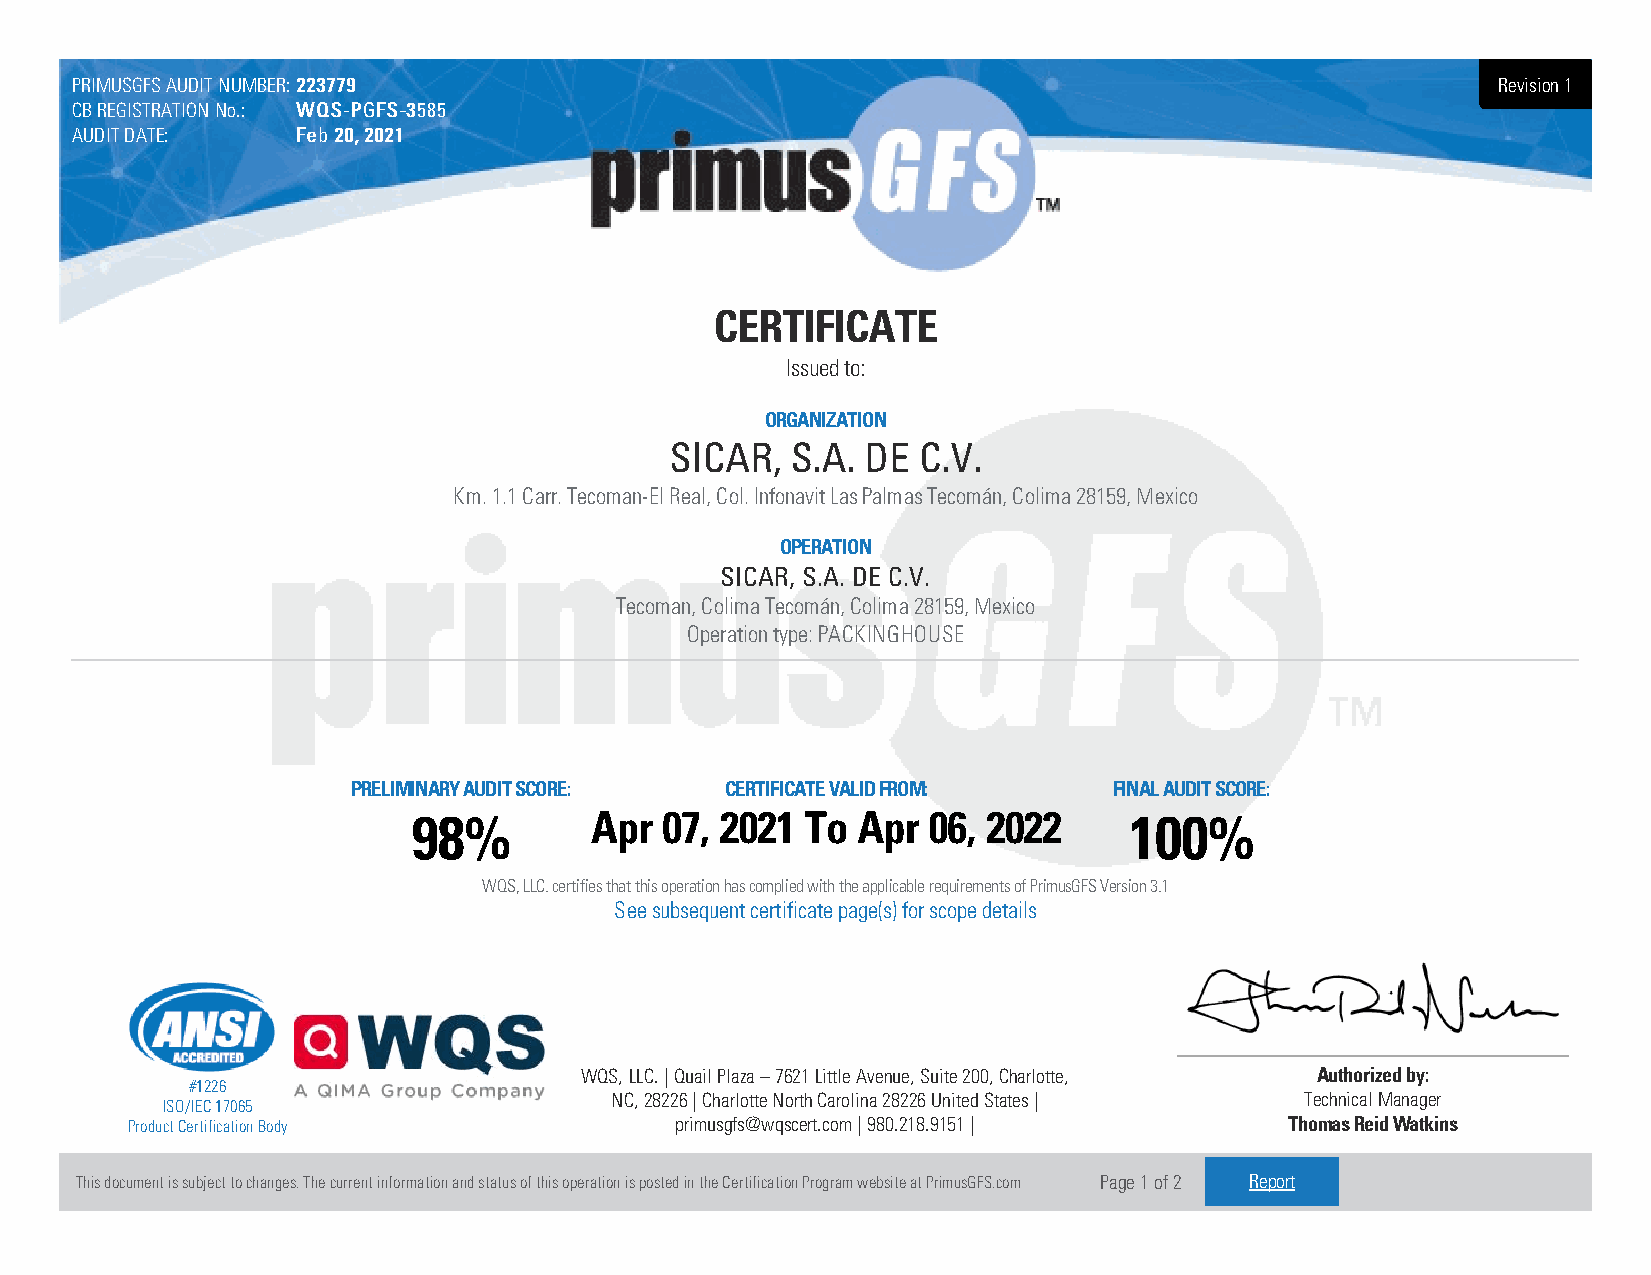
PRIMUSGFS AUDIT NUMBER: 222233777799                                                          Revision 1
 CB REGISTRATION No.: WWQQSS--PPGGFFSS--33558855
 AUDIT DATE:    FFeebb 2200,, 22002211
 CERTIFICATE
 Issued to:
 ORGANIZATION
 SICAR,  S.A. DE  C.V.
 Km. 1.1 Carr. Tecoman-El Real, Col. Infonavit Las Palmas Tecomán, Colima 28159, Mexico
 OPERATION
 SICAR, S.A. DE C.V.
 Tecoman, Colima Tecomán, Colima 28159, Mexico
 Operation type: PACKINGHOUSE
 PRELIMINARY AUDIT SCORE: CERTIFICATE VALID FROM:   FINAL AUDIT SCORE:
 98%         Apr  07, 2021 To  Apr 06, 2022      100%
 WQS, LLC. certifies that this operation has complied with the applicable requirements of PrimusGFS Version 3.1
 See subsequent certificate page(s) for scope details
 WQS, LLC. | Quail Plaza – 7621 Little Avenue, Suite 200, Charlotte, Authorized by:
 #1226
 NC, 28226 | Charlotte North Carolina 28226 United States | Technical Manager
 ISO/IEC 17065
 Product Certification Body           primusgfs@wqscert.com | 980.218.9151 |  Thomas Reid Watkins
 This document is subject to changes. The current information and status of this operation is posted in the Certification Program website at PrimusGFS.com Page 1 of 2 Report